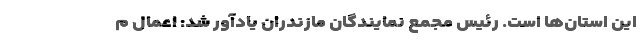
این استان‌ها است. رئیس مجمع نمایندگان مازندران یادآور شد: اعمال م